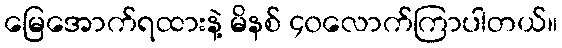
မြေအောက်ရထားနဲ့ မိနစ် ၄၀လောက်ကြာပါတယ်။